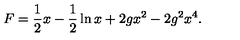
F = \frac { 1 } { 2 } x - \frac { 1 } { 2 } \ln x + 2 g x ^ { 2 } - 2 g ^ { 2 } x ^ { 4 } .